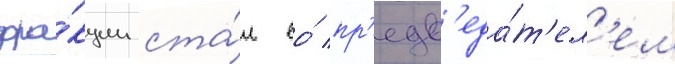
фра́кции ста́л ео́ пр'едс'еда́т'ел'ем